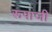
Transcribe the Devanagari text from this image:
रूपाजी